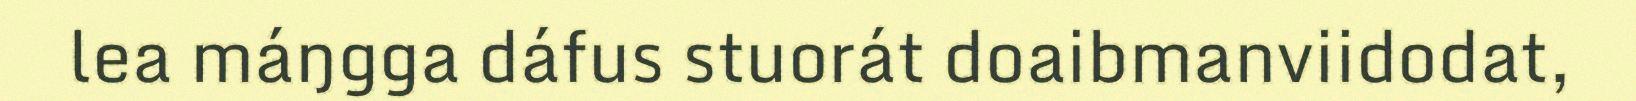
lea máŋgga dáfus stuorát doaibmanviidodat,